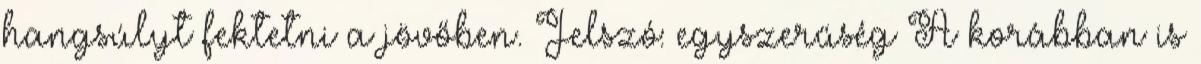
hangsúlyt fektetni a jövőben. Jelszó: egyszerűség A korábban is